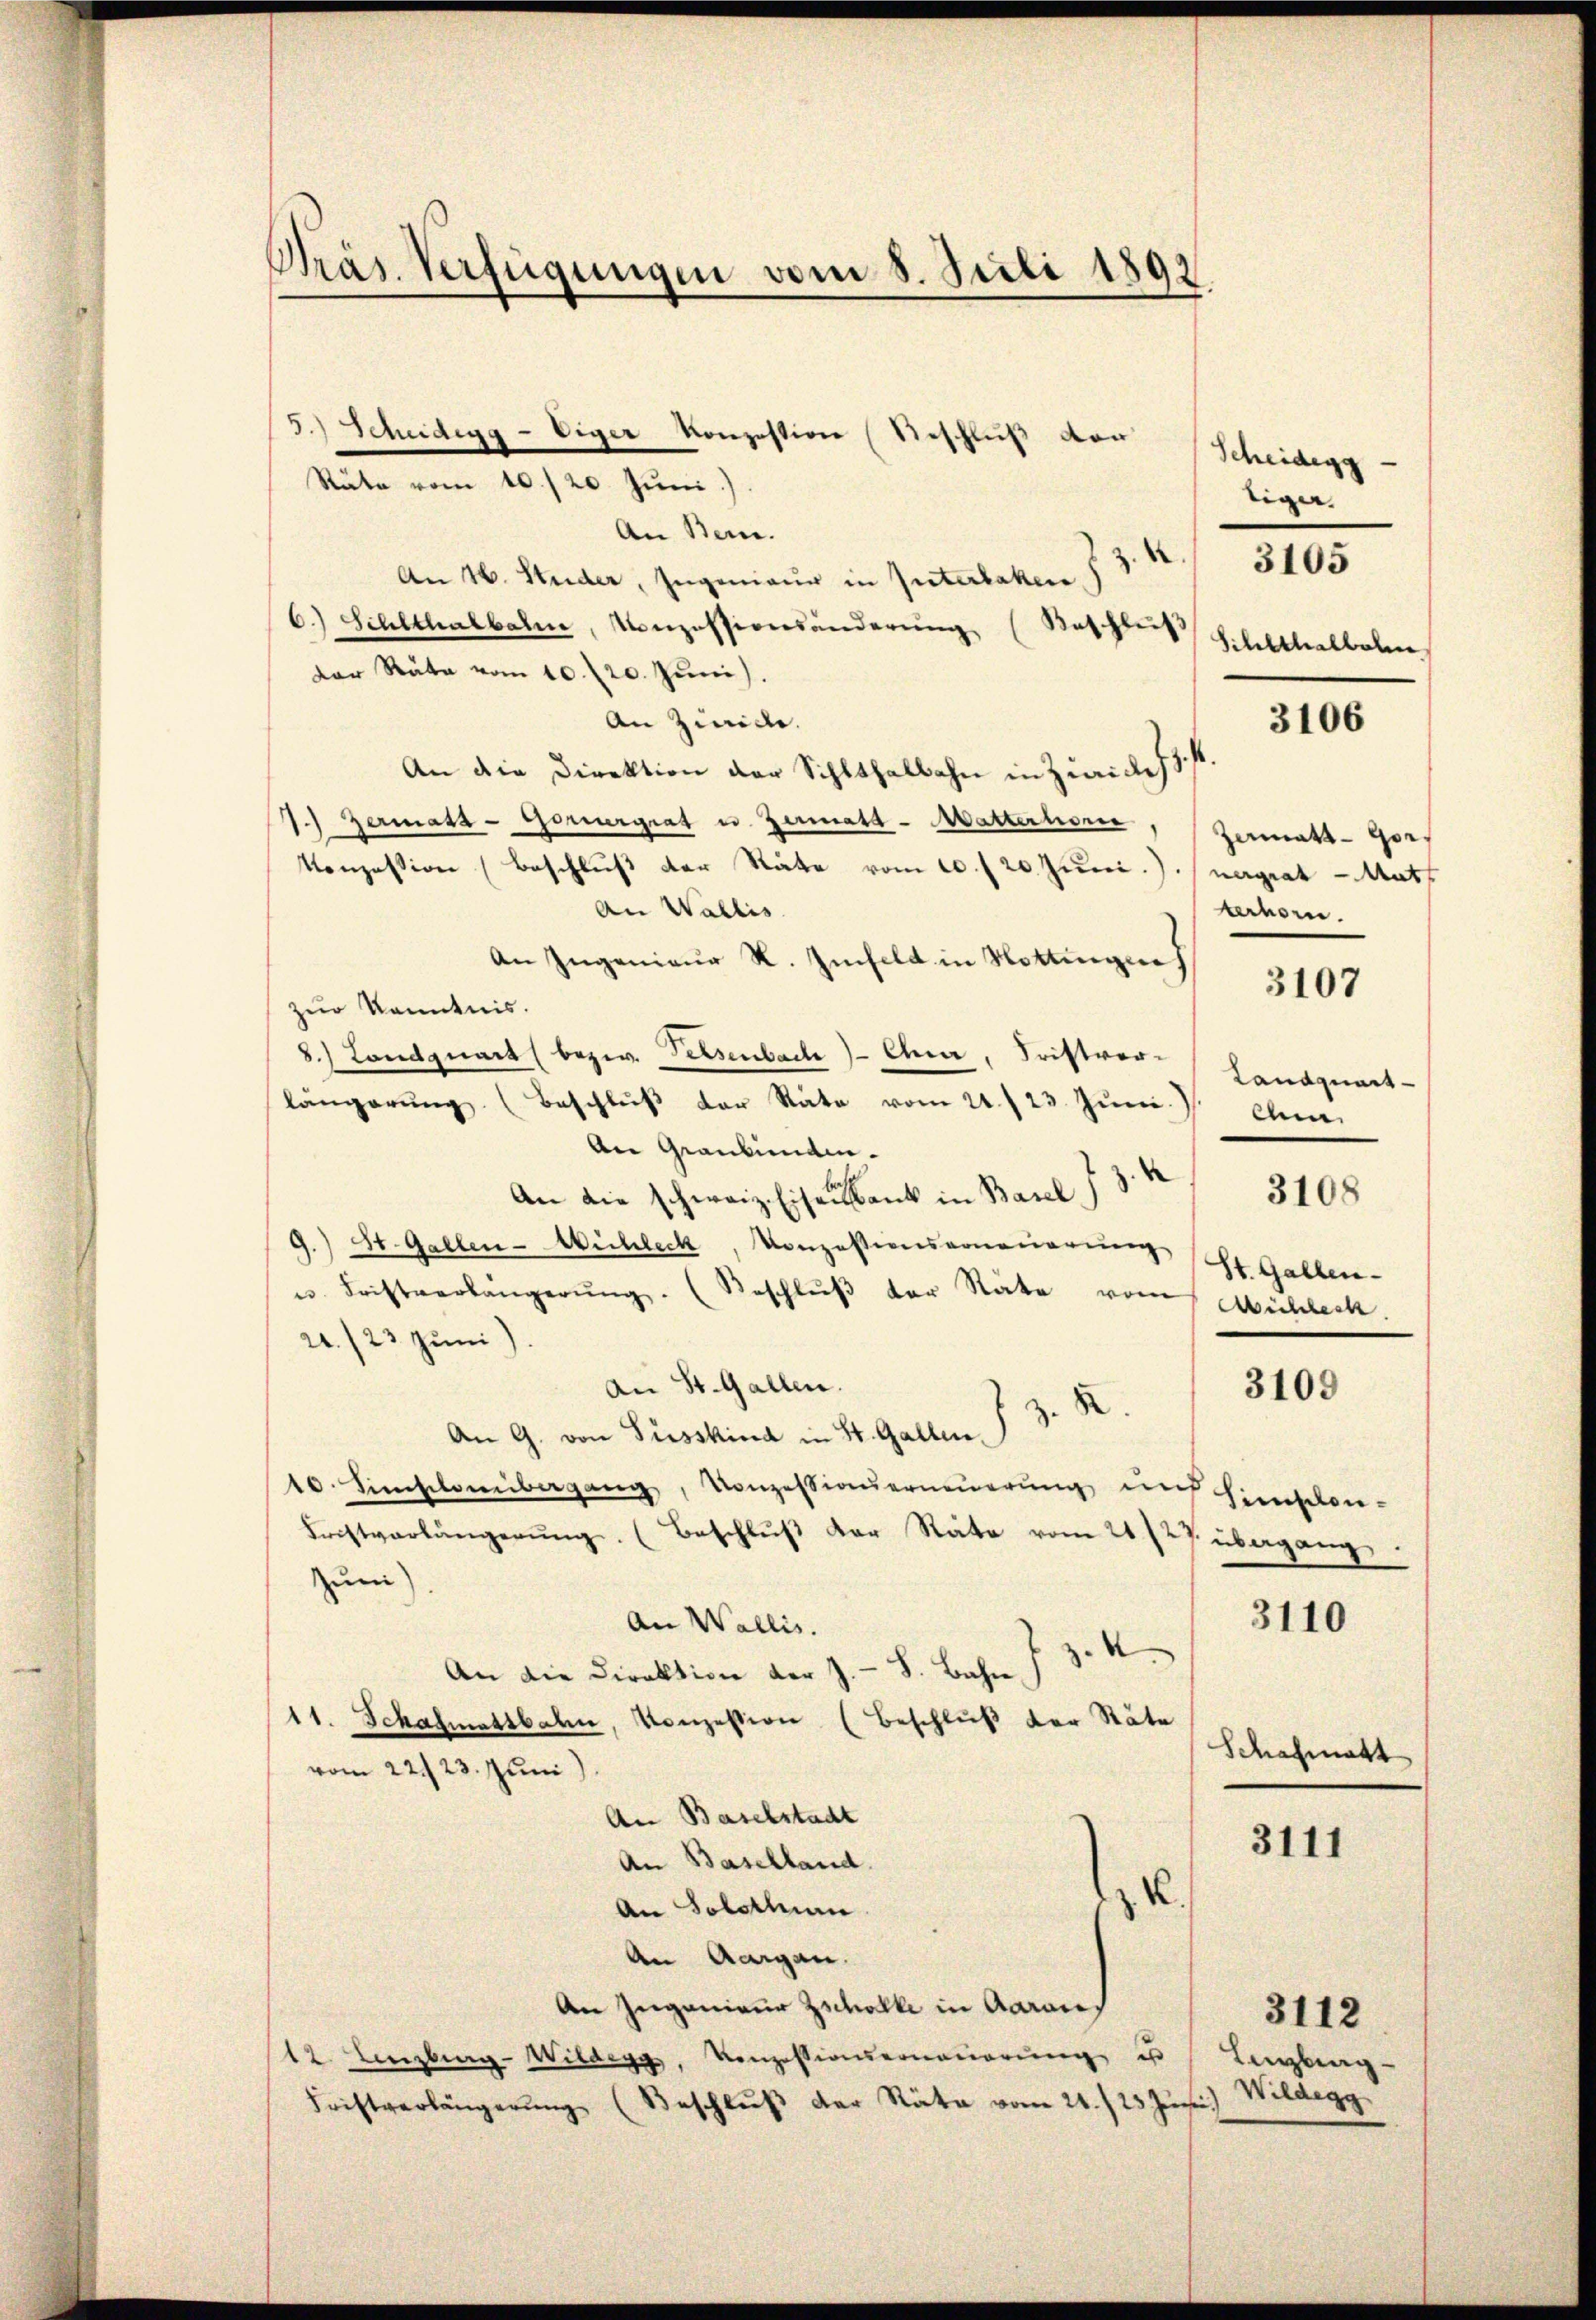
Präs. Verfügungen vom 8. Juli 1892.

5.) Scheidegg - eiger Konzession (Geschluß vor
Räte vom 10./20. Juni.)
An Bern.
An 16. Studer, Ingenieur in Interlaken §. 3. 1
6.) Schlthalbahne, Konzessiversänderŭng (Beschlŭs
der Räte vom 10. 20. Juni
An Zivile.
An die Direktion der Schlthalbahn in Zwicke
7.) Germass-Borurgiat u. Germatt-Matterhore
Konzession (Beschlŭβ der Räte vom 20. f 20. Juni.). (nagiat Math
An Wallis
An Ingenieur R. Zinfeld in Rottingen
zur Kenntnis.
8.) Landquart (bezw. Selsenbach Chr. Fristverlängerŭng. (Beschlŭβ der Rate vom 21./23. Jŭni 7 cm.
An Graubünden.
An die schweiz. Eisen Bank in Basel I 34. 3108
9.) St. Gallen-Wichleck, Konzessionsvonauerung
u. Fristverlängerŭng. (Beschlŭβ der Stäte vom Büchlech.
21./23. Juni)
An St. Gallen.
3109
 z. B.
An G. von Füsskind in St. Gallen.
10. Simsilomibergang, Konzessianerneuerung nach Hinschen-
Fristverlängerŭng. (Beschluß der Räte vom 21/27. übergang
Zum
3110
An Wallis.
An die Direktion der J. S. Bahn 73. 4
11. Schafmassbahn, Konzession (Beschluß der Stäte
Schafmatt
vom 22. 23. Juni)
An Baselstadt
3111
An Baselland.
.
An Solothurn
An Aargau.
An Ingenieur Zscholle in Aaraus
3112
(12. Lenzburg-Wildegg, Konzessionsermanierŭng u Lenzbrag-
Fristverlängerŭng (Beschlŭβ der Räte vom 21./25. Jŭni) Wilderg

Scheidegg
tiger.

3105

Schlthalbele

zematt - Gorterhorn.

3106

3107

Landquart
St. Gallen.